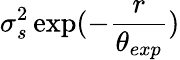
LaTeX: \sigma_{s}^{2}\exp(-\frac{r}{\theta_{exp}})